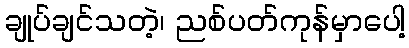
ချုပ်ချင်သတဲ့၊ ညစ်ပတ်ကုန်မှာပေါ့